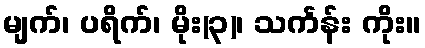
မျက်၊ ပရိက်၊ မိုး(၃)၊ သင်္ကန်း ကိုး။